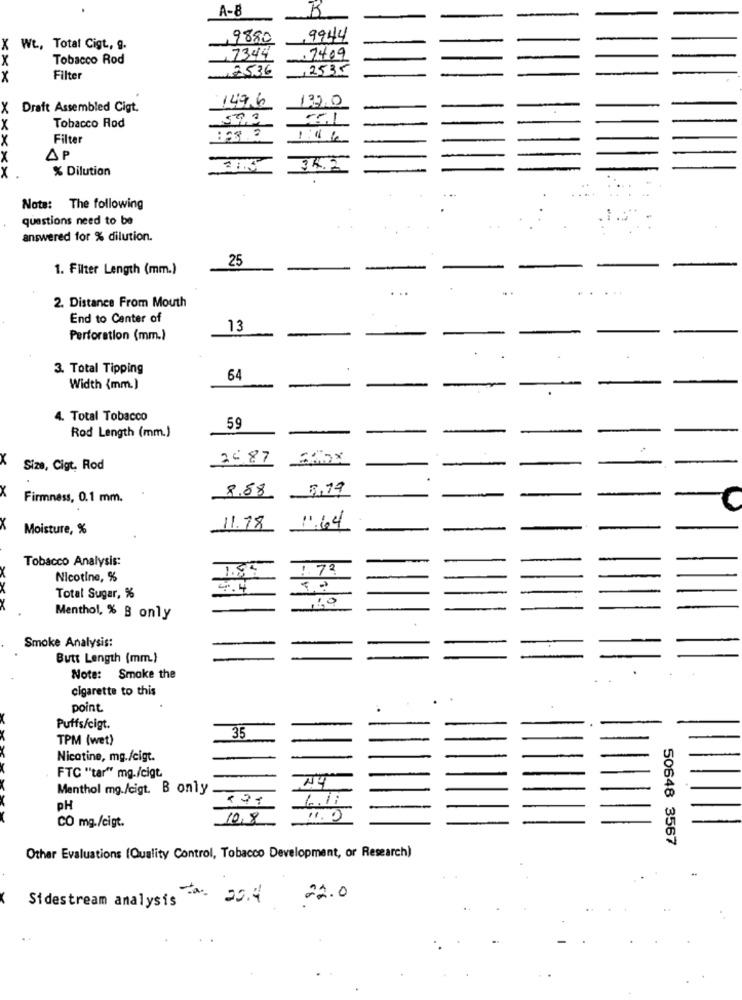
A-8
9880
9944
X
Wt, Total Cigt, g.
7409
Tobacco Rod
7344
2536
,2535
X
Filter
127,0
Draft Assembled Cigt.
149,6
Tobacco Rod
Filter
1 :4 6
AP
% Dilution
34.2
XXXXX
...
Note: The following
questions need to be
answered for % dilution.
25
1. Filter Length (mm.)
.. .
...
2. Distance From Mouth
End to Center of
13
Perforation (mm.)
3. Total Tipping
64
Width {mm.)
4. Total Tobacco
Rod Length (mm.)
59
X
25.87
CHOX
Size, Cigt, Rod
.
8,88
8,79
X
Firmness, 0.1 mm.
1.64
X
Moisture, %
11.78
Tobacco Analysis:
1.85
!. 73
Nicotine, %
4.4
Total Sugar, %
Menthol, % B only
Smoke Analysis:
Butt Length (mm.)
Note: Smoke the
cigarette to this
point.
Puffs/cigt.
35
TPM (wet)
Nicotine, mg./cigt.
FTC "tar" mg./cigt
N4
Menthol mg./cigt. B only
6.17
PH
CO mg./cigt.
10.8
1.0
50648 3567
Other Evaluations (Quality Control, Tobacco Development, or Research)
22.4
22.0
Sidestream analysis